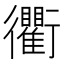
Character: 衢